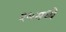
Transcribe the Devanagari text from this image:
२६मध्ये